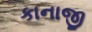
કાનાજી